Leaving Certificate Examination, 1914
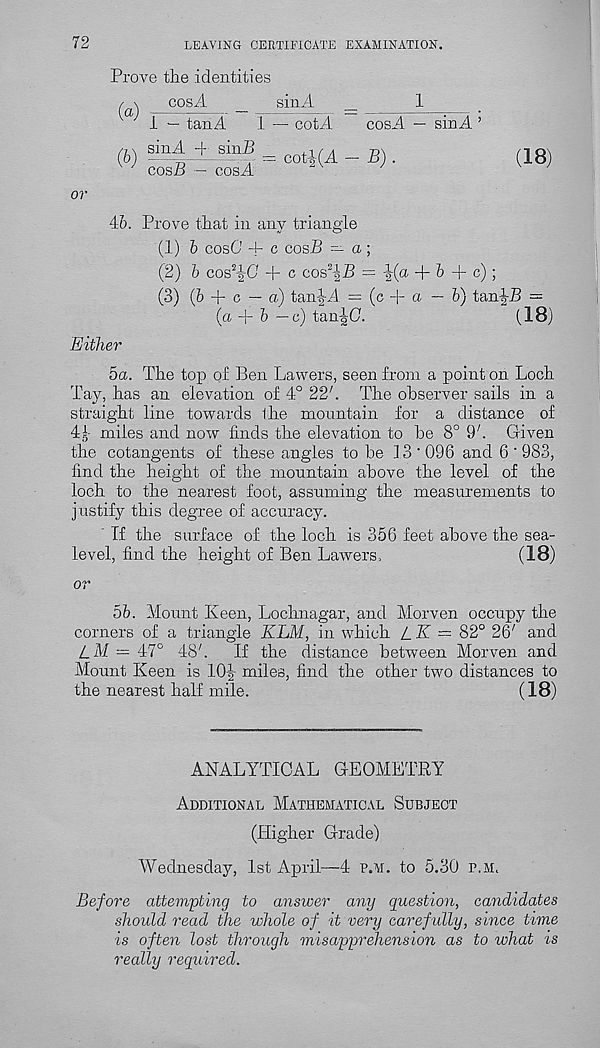
72
LEAVING CERTIFICATE EXAMINATION.
Prove the identities
/ \
UOSAi
_
smA-i
a
I — tan A
1 — cot A
cosA
sinA
1
cos A — sinA ’
= cot-|-(A — B) .
(18)
or
46. Prove that in any triangle
(1) 6 cosO + c cosB — a ;
(2) 6 cos 2 |-6' + c cos^h) = ^{a + 6 + c);
(3) (6 + c — a) tanJA. = (c + a — 6) tan-|-jB =
(18)
(a + 6 — c) tan^G.
Either
ha. The top of Ben Lawers, seen from a point on Loch
Tay, has an elevation of 4° 22 7 . The observer sails in a
straight line towards Ihe mountain for a distance of
4miles and now finds the elevation to be 8° 9h Given
the cotangents of these angles to be 13'096 and G ' 983,
find the height of the mountain above the level of the
loch to the nearest foot, assuming the measurements to
justify this degree of accuracy.
Tf the surface of the loch is 356 feet above the sea-
level, find the height of Ben Lawers.
(18)
or
5b. Mount Keen, Lochnagar, and Morven occupy the
corners of a triangle KLM, in which l_K — 82° 26' and
Z.M = 47° 48'.
If the distance between Morven and
Mount Keen is 10-|- miles, find the other two distances to
(18)
the nearest half mile.
ANALYTICAL GEOMETRY
Additional Mathematical Subject
(Higher Grade)
Wednesday, 1st April—4 p.m. to 5.30 p.m.
Before attempting to answer any question, candidates
should read the whole of it very carefully, since time
is often lost through misapprehension as to what is
really required.